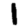
Digit: 1